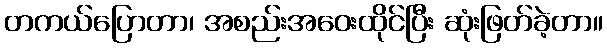
တကယ်ပြောတာ၊ အစည်းအဝေးထိုင်ပြီး ဆုံးဖြတ်ခဲ့တာ။